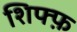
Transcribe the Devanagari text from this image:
शिफ्फ़